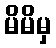
မိမိမှ